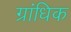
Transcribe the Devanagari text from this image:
ग्रांधिक